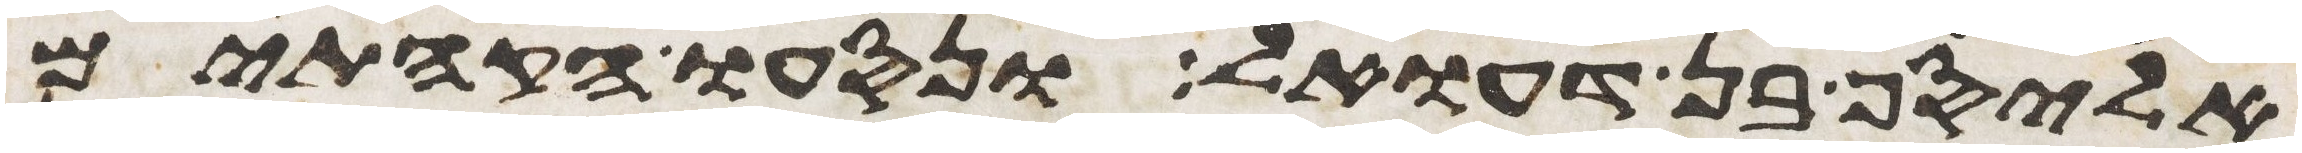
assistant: אליסף בן דעואל ונסעו הקהתים